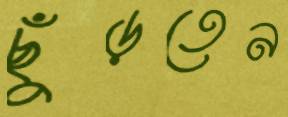
ছুঁড়তেন